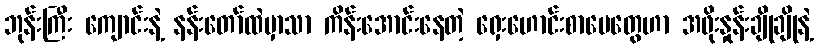
ဘုန်းကြီး ကျောင်းနဲ့ နန်းတော်ထဲမှာသာ ကိန်းအောင်းနေတဲ့ ရှေးဟောင်းစာပေတွေဟာ အဖိုးနှုန်းချိုချိုနဲ့